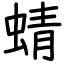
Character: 蜻